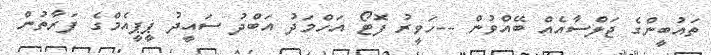
ތައުބީންގެ ޖަލްސާއެއް ބޭއްވުން --ހަވީރު ފޮޓޯ އަހްމަދު އަބްދު ސައީދު ޕީޕީއެމްގެ ފަރާތުން